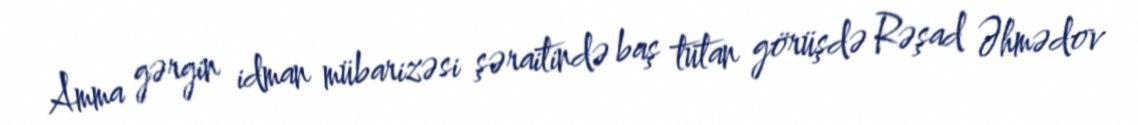
Amma gərgin idman mübarizəsi şəraitində baş tutan görüşdə Rəşad Əhmədov